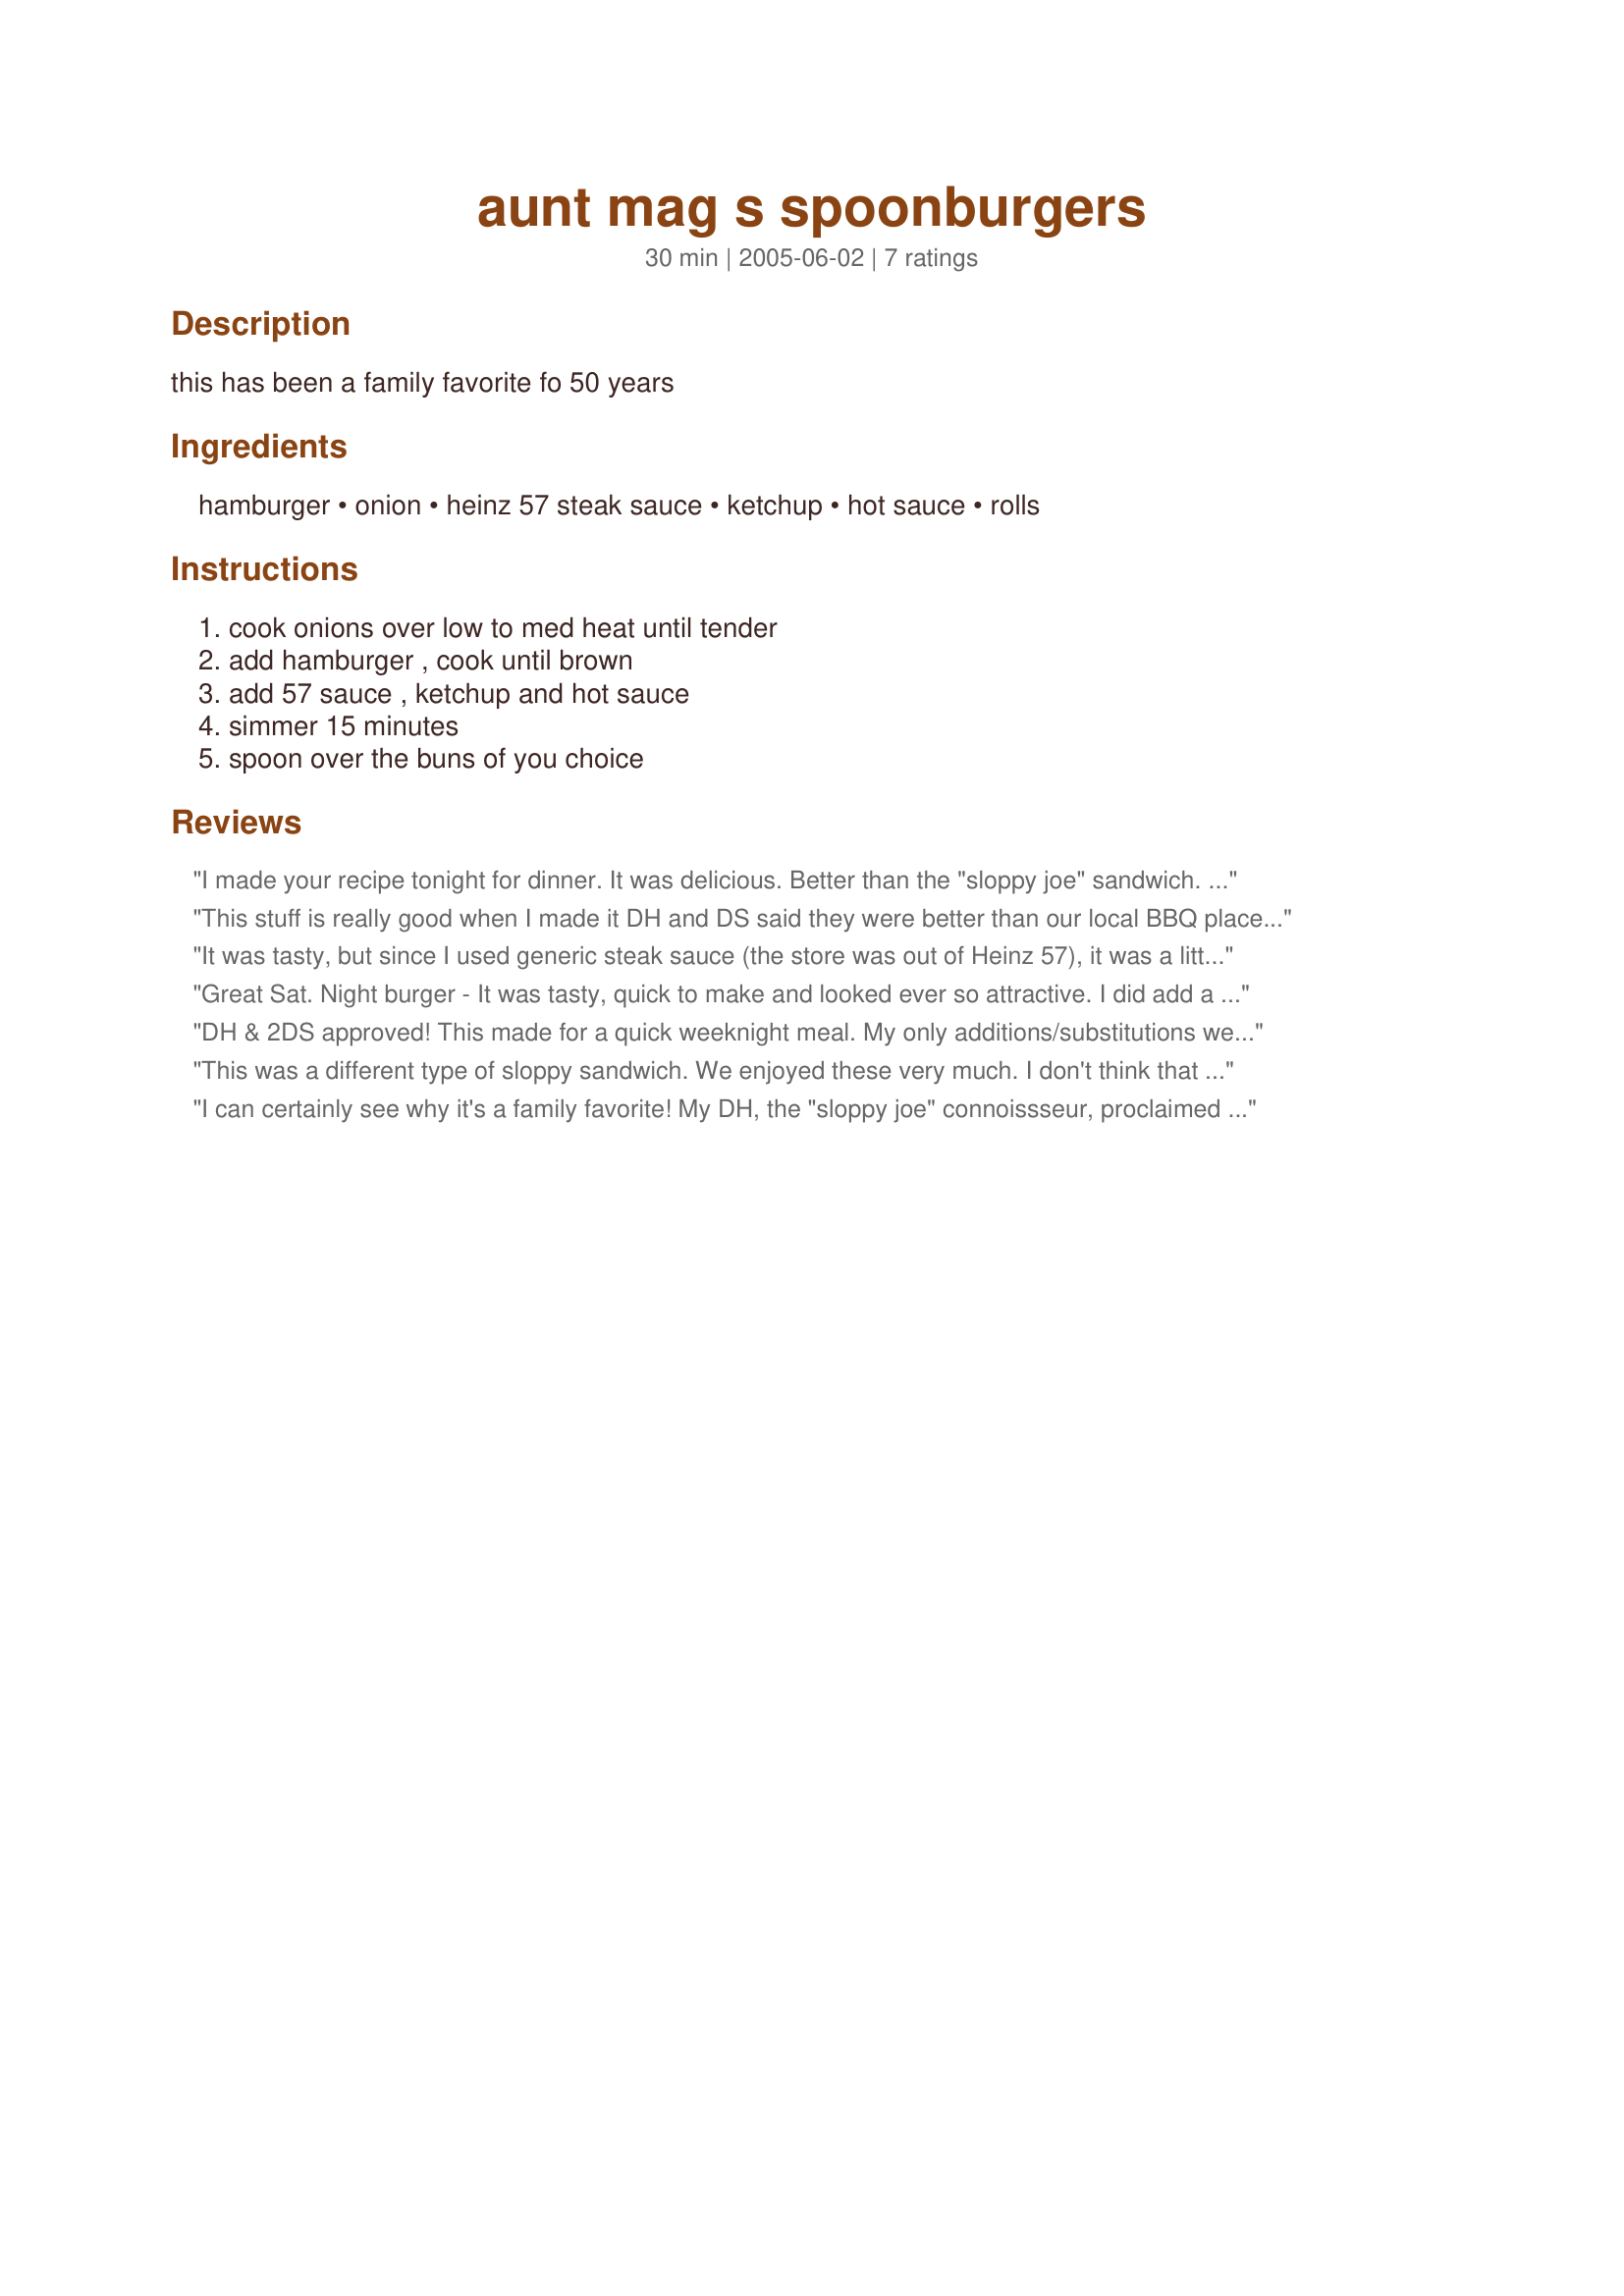
aunt mag s spoonburgers
Preparation time: 30 minutes

this has been a family favorite fo 50 years

Ingredients:
hamburger, onion, heinz 57 steak sauce, ketchup, hot sauce, rolls

Steps:
cook onions over low to med heat until tender, add hamburger , cook until brown, add 57 sauce , ketchup and hot sauce, simmer 15 minutes, spoon over the buns of you choice

Reviews:
I made your recipe tonight for dinner. It was delicious. Better than the "sloppy joe" sandwich. :) I toasted my hamburger buns on the grill before putting the meat on the bun. I didn't change a thing in your recipe...it's very easy and quick. I'll be making these again for sure. :) Thanks for the recipe.
This stuff is really good when I made it DH and DS said they were better than our local BBQ place and I agree. I made half the recipe and it came out just perfect, not too spicy or bland just right. This one is a keeper. Thanks
It was tasty, but since I used generic steak sauce (the store was out of Heinz 57), it was a little too strong or salty for me. My husband really liked it though! I used lean beef, which turned out great.
 Great Sat. Night burger - It was tasty, quick to make and looked ever so attractive. I did add a couple of mushrooms when I fried the onions-seved with sliced tomato, lettuce & sweet onion-. I thank your Aunt Meg Ed & Theresa for sharing
DH & 2DS approved! This made for a quick weeknight meal. My only additions/substitutions were using A1 (didn't have Heinz 57 steak sauce) and a good dash of garlic powder. Thanks for posting, Ed&Theresa!
This was a different type of sloppy sandwich. We enjoyed these very much. I don't think that I would change a thing.
I can certainly see why it's a family favorite! My DH, the "sloppy joe" connoissseur, proclaimed these better than his favorite canned variety - high praise indeed. ;-) Made just as written and served over toasted whole wheat buns, this was a quick and easy dinner that everyone loved! Thanks so much for posting this recipe that is SURE to be used often in my kitchen!
